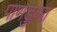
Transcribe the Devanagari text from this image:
पाणडुब्या